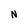
Character: N